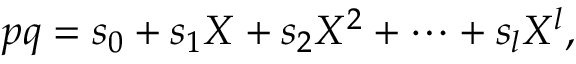
p q = s _ { 0 } + s _ { 1 } X + s _ { 2 } X ^ { 2 } + \cdots + s _ { l } X ^ { l } ,